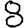
Digit: 8